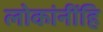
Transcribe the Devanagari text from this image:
लोकांनींहि